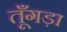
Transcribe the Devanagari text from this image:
तूँगड़ा